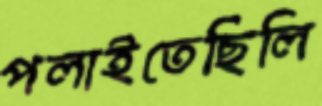
পলাইতেছিলি